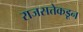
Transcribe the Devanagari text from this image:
राजसत्तेकडून